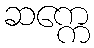
ဆက္ကေ